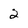
Character: 2